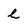
Character: l